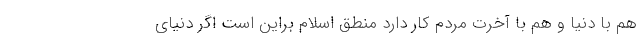
هم با دنیا و هم با آخرت مردم کار دارد منطق اسلام براین است اگر دنیای